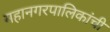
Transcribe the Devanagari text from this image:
महानगरपालिकांची